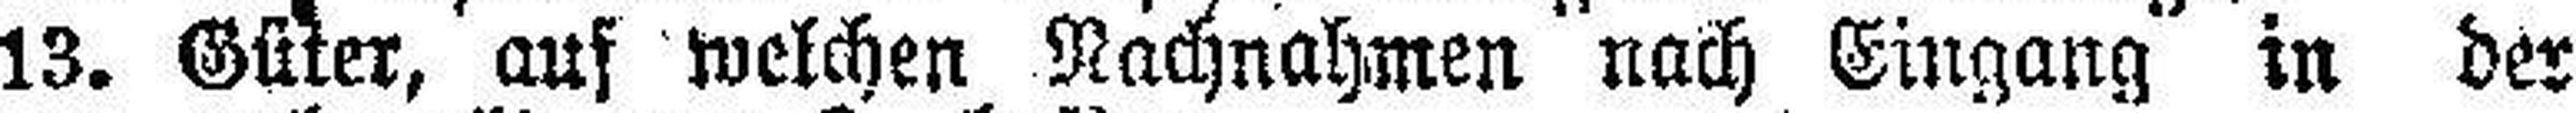
13. Güter, aus welchen Nachnahmen nach Eingang in der